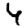
Digit: 4